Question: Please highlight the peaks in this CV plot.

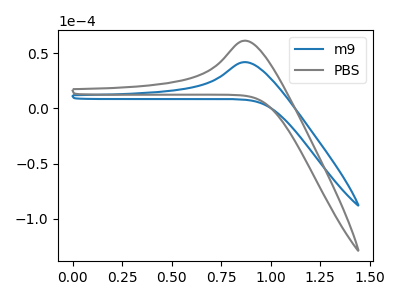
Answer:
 <answer>The blue curve "m9" has an anodic peak at: (0.85V, 41.80uA). The gray curve "PBS" has an anodic peak at: (0.85V, 61.20uA).</answer>
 <eval></eval>